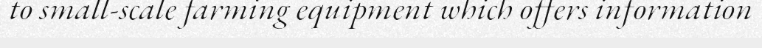
to small-scale farming equipment which offers information